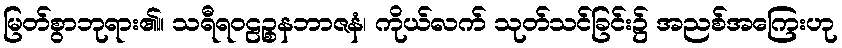
မြတ်စွာဘုရား၏။ သရီရဝဠဉ္စနဘာဇနံ၊ ကိုယ်လက် သုတ်သင်ခြင်း၌ အညစ်အကြေးဟု